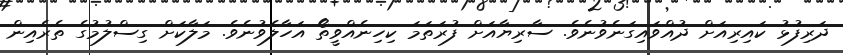
ދަރިފުޅު ކައިރިއަށް ދުއްވައިގަނެވުނެވެ. ސާރިޔާއަށް ފުރަތަމަ ކިހިނެއްވީތޯ އަހާލެވުނެވެ. މަލާކަށް ގިސްލުމުގެ ތެރެއިން